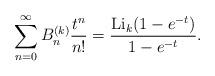
LaTeX: \begin{align*}\sum_{n=0}^\infty B_n^{(k)} \frac{t^n}{n!} = \frac{\mathrm{Li}_k(1-e^{-t})}{1-e^{-t}}.\end{align*}